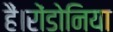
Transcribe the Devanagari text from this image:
हैं।रोंडोनिया